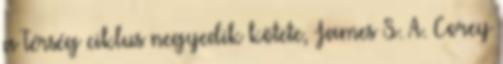
a Térség ciklus negyedik kötete, James S. A. Corey